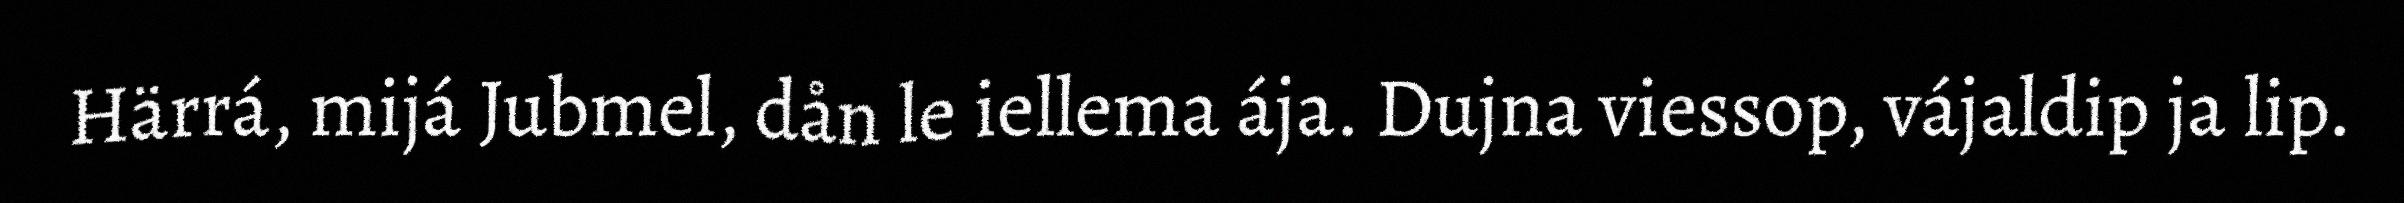
Härrá, mijá Jubmel, dån le iellema ája. Dujna viessop, vájaldip ja lip.